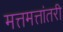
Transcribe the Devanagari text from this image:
मत्तमत्तांतरी